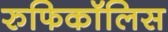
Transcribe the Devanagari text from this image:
रुफिकॉलिस